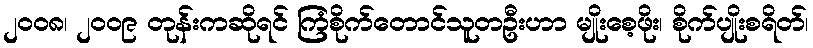
၂ဝဝ၈၊ ၂ဝဝ၉ တုန်းကဆိုရင် ကြံစိုက်တောင်သူတဦးဟာ မျိုးစေ့ဖိုး၊ စိုက်ပျိုးစရိတ်၊